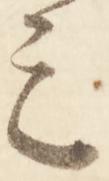
ミ